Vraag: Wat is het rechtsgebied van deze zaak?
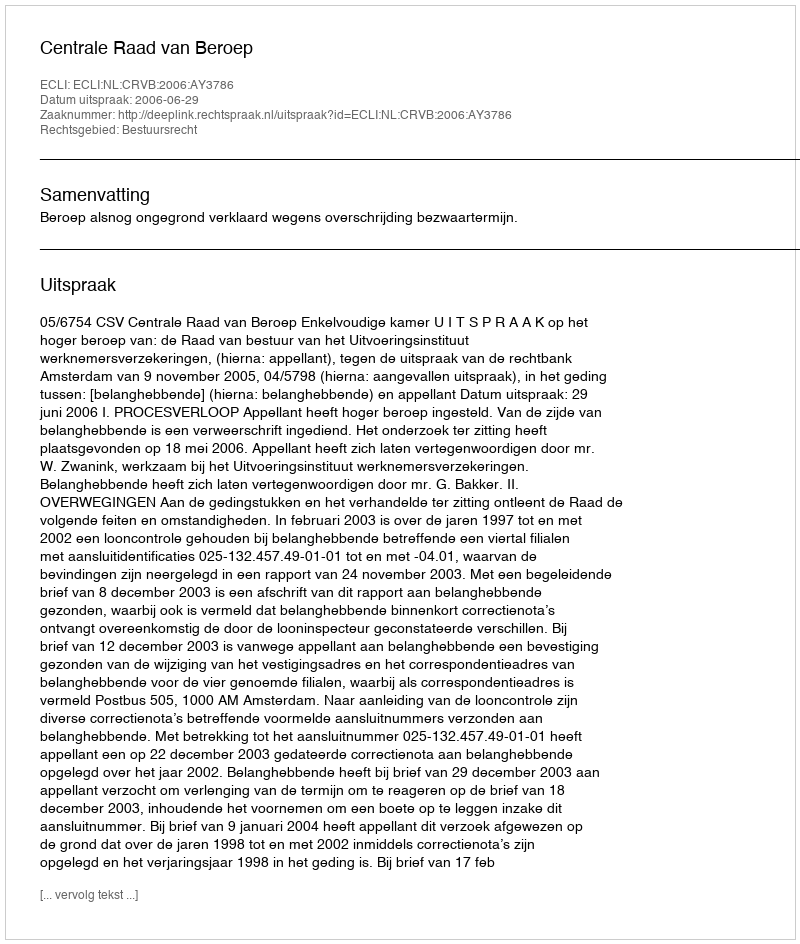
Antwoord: Bestuursrecht